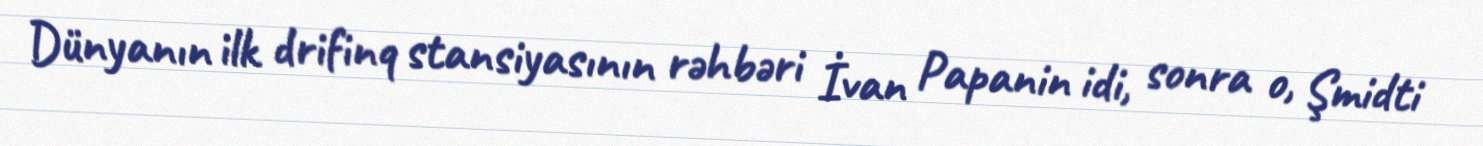
Dünyanın ilk drifinq stansiyasının rəhbəri İvan Papanin idi, sonra o, Şmidti